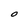
Character: O